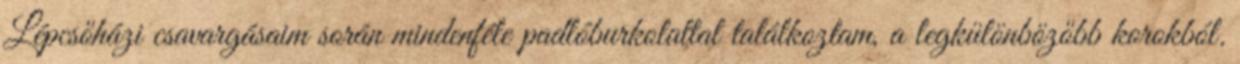
Lépcsőházi csavargásaim során mindenféle padlóburkolattal találkoztam, a legkülönbözőbb korokból.